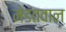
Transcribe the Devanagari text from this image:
मेडतवाल